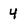
Character: 4